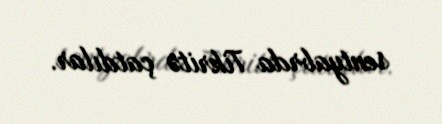
sentyabrda Tikritə çatdılar.